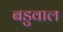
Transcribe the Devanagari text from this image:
बडुवाल